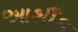
આથીઁક